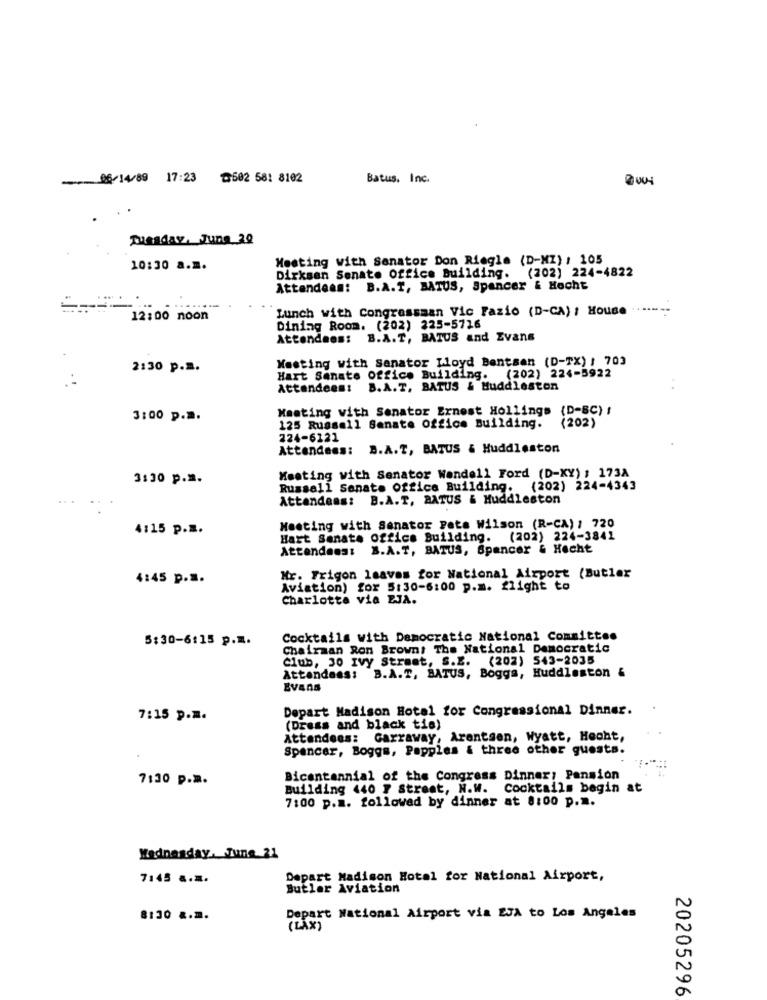
06/14/89 17:23 @502 58: 8102
Batus, Inc.
Tuesday, June 20
Meeting with Senator Don Riegle (D-MI) , 105
10:30 a.m.
Dirksen Senate Office Building. (202) 224-4822
Attendees: B.A.T, BATUS, Spencer & Hecht
Lunch with Congressman Vic Fazio (D-CA) : House
12:00 noon
Dining Room. (202) 225-5716
Attendees: B.A.T, BATUS and Evans
Wasting with Sanator Loyd Bentsen (D-TX) / 703
2:30 p.a.
Hart Senate office Building. (202) 224-5922
Attendees: B.A.T, BATUS & Huddleston
Meeting with Senator Ernest Hollings (D-BC) !
3:00 p.a.
125 Russell Senate Office Building. (202)
224-6121
Attendees: B.A.T, BATUS & Huddleston
3:30 p.m.
Meeting with Senator Wendell Ford (D-XY) : 173A
Russell Senate Office Building. (202) 224-4343
Attendees: B.A.T, BATUS & Huddleston
4:15 p.m.
Meeting with Senator Pets Wilson (R-CA) : 720
Hart Senate Office Building. (202) 224-3841
Attendees: B.A.T, BATUS, Spencer & Hecht
4:45 p.s.
Mr. Frigon leaves for National Airport (Butler
Aviation) for 5:30-6:00 p.m. flight to
Charlotte via EJA.
5:30-6:15 p.m.
Cocktails with Democratic National Committee
Chairman Ron Browns The National Democratic
Club, 30 Ivy Street, S.Z. (202) 543-2035
Attendees: B.A.T, BATUS, Boggs, Huddleston &
Evans
Depart Madison Hotel for Congressional Dinner.
7:15 p.m.
(Dress and black tis)
Attendees: Carraway, Arentsen, Wyatt, Heoht,
Spencer, Boggs, Papples & three other guests.
7:30 p.M.
Bicentennial of the Congress Dinner: Pension
Building 440 7 Street, N.W. Cocktails begin at
7:00 p.m. followed by dinner at 8:00 p.m.
Wednesday, June 21
7:45 a.m.
Depart Madison Hotel for National Airport,
Butler Aviation
8130 a.m.
Depart National Airport via EVA to Los Angeles
(LAX)
20205296